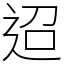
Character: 迢